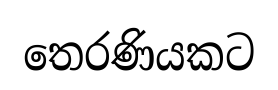
තෙරණියකට